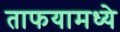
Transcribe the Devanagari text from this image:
ताफयामध्ये